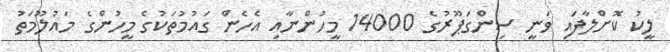
ލީކު ކޮށްލާފައި ވަނީ ސިންގަޕޫރުގެ 14000 މީހުންނާއި އެހެން ގައުމުތަކުގެ މީހުންގެ މައުލޫމަތު